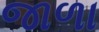
જાળા